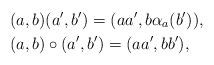
LaTeX: \begin{align*} &(a,b)(a',b')=(aa',b\alpha_a(b')),\\ &(a,b)\circ(a',b')=(aa',bb'), \end{align*}